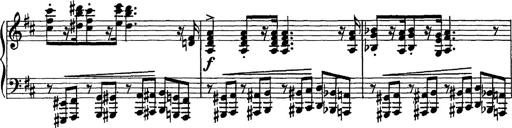
Title: Scherzo und Marsch
Composer: Franz Liszt